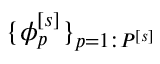
\lbrace \phi _ { p } ^ { \left[ s \right] } \rbrace _ { p = 1 : P ^ { \left[ s \right] } }